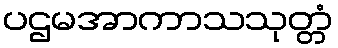
ပဌမအာကာသသုတ္တံ